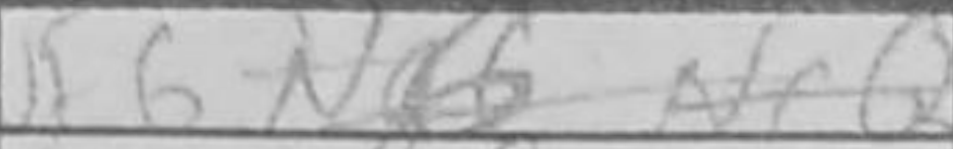
Transcription: Nf6